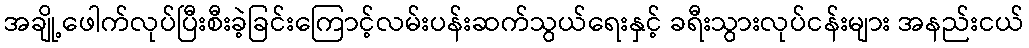
အချို့ဖေါက်လုပ်ပြီးစီးခဲ့ခြင်းကြောင့်လမ်းပန်းဆက်သွယ်ရေးနှင့် ခရီးသွားလုပ်ငန်းများ အနည်းငယ်